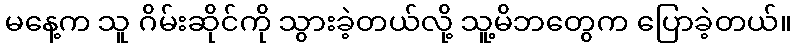
မနေ့က သူ ဂိမ်းဆိုင်ကို သွားခဲ့တယ်လို့ သူ့မိဘတွေက ပြောခဲ့တယ်။